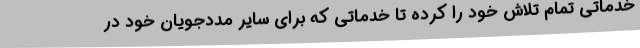
خدماتی تمام تلاش خود را کرده تا خدماتی که برای سایر مددجویان خود در